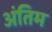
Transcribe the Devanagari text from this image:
अंंतिम